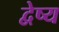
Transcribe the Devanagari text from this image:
द्वेष्य